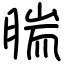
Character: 腨